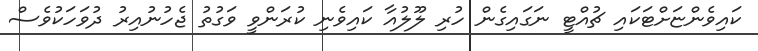
ކައިވެންޏަށްޓަކައި ޗުއްޓީ ނަގައިގެން ހުރި ލޫލުއާ ކައިވެނި ކުރަންވީ ވަގުތު ޖެހުނުއިރު ދުވަހަކުވެސް